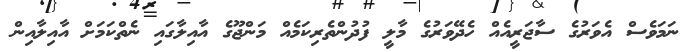
ނަމަވެސް އެވަރުގެ ސާޖަރީއެއް ހެދޭވަރުގެ މާލީ ފުދުންތެރިކަމެއް މަންޖޫގެ އާއިލާގައި ނެތްކަމަށް އާއިލާއިން